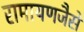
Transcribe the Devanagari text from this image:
रामायणजैसे